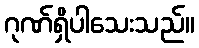
ဂုဏ်ရှိပါသေးသည်။